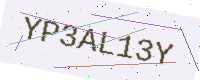
Text: YP3AL13Y